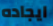
ايجاده